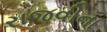
રાજવીના